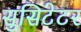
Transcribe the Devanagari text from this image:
सुसिटेटर